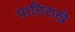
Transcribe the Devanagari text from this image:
पाठिराखे